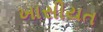
ખાસીયત